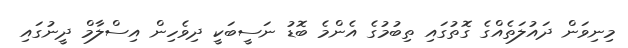
މިނިވަން ދައުލަތެއްގެ ގޮތުގައި ތިބުމުގެ އެންމެ ބޮޑު ނަސީބަކީ ދިވެހިން އިސްލާމް ދީނުގައި